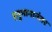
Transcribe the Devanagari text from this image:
हनुमानानंतर